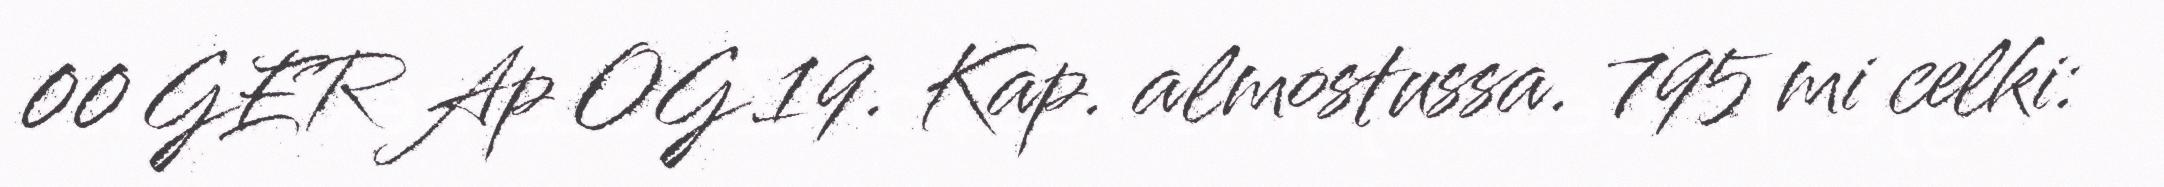
00 GER Ap OG 19. Kap. almostussa. 795 mi celki: